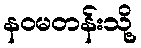
နဝမတန်းသို့